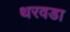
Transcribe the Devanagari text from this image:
थरवडा